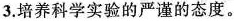
3.培养科学实验的严谨的态度。